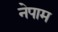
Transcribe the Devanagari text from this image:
नेपाम